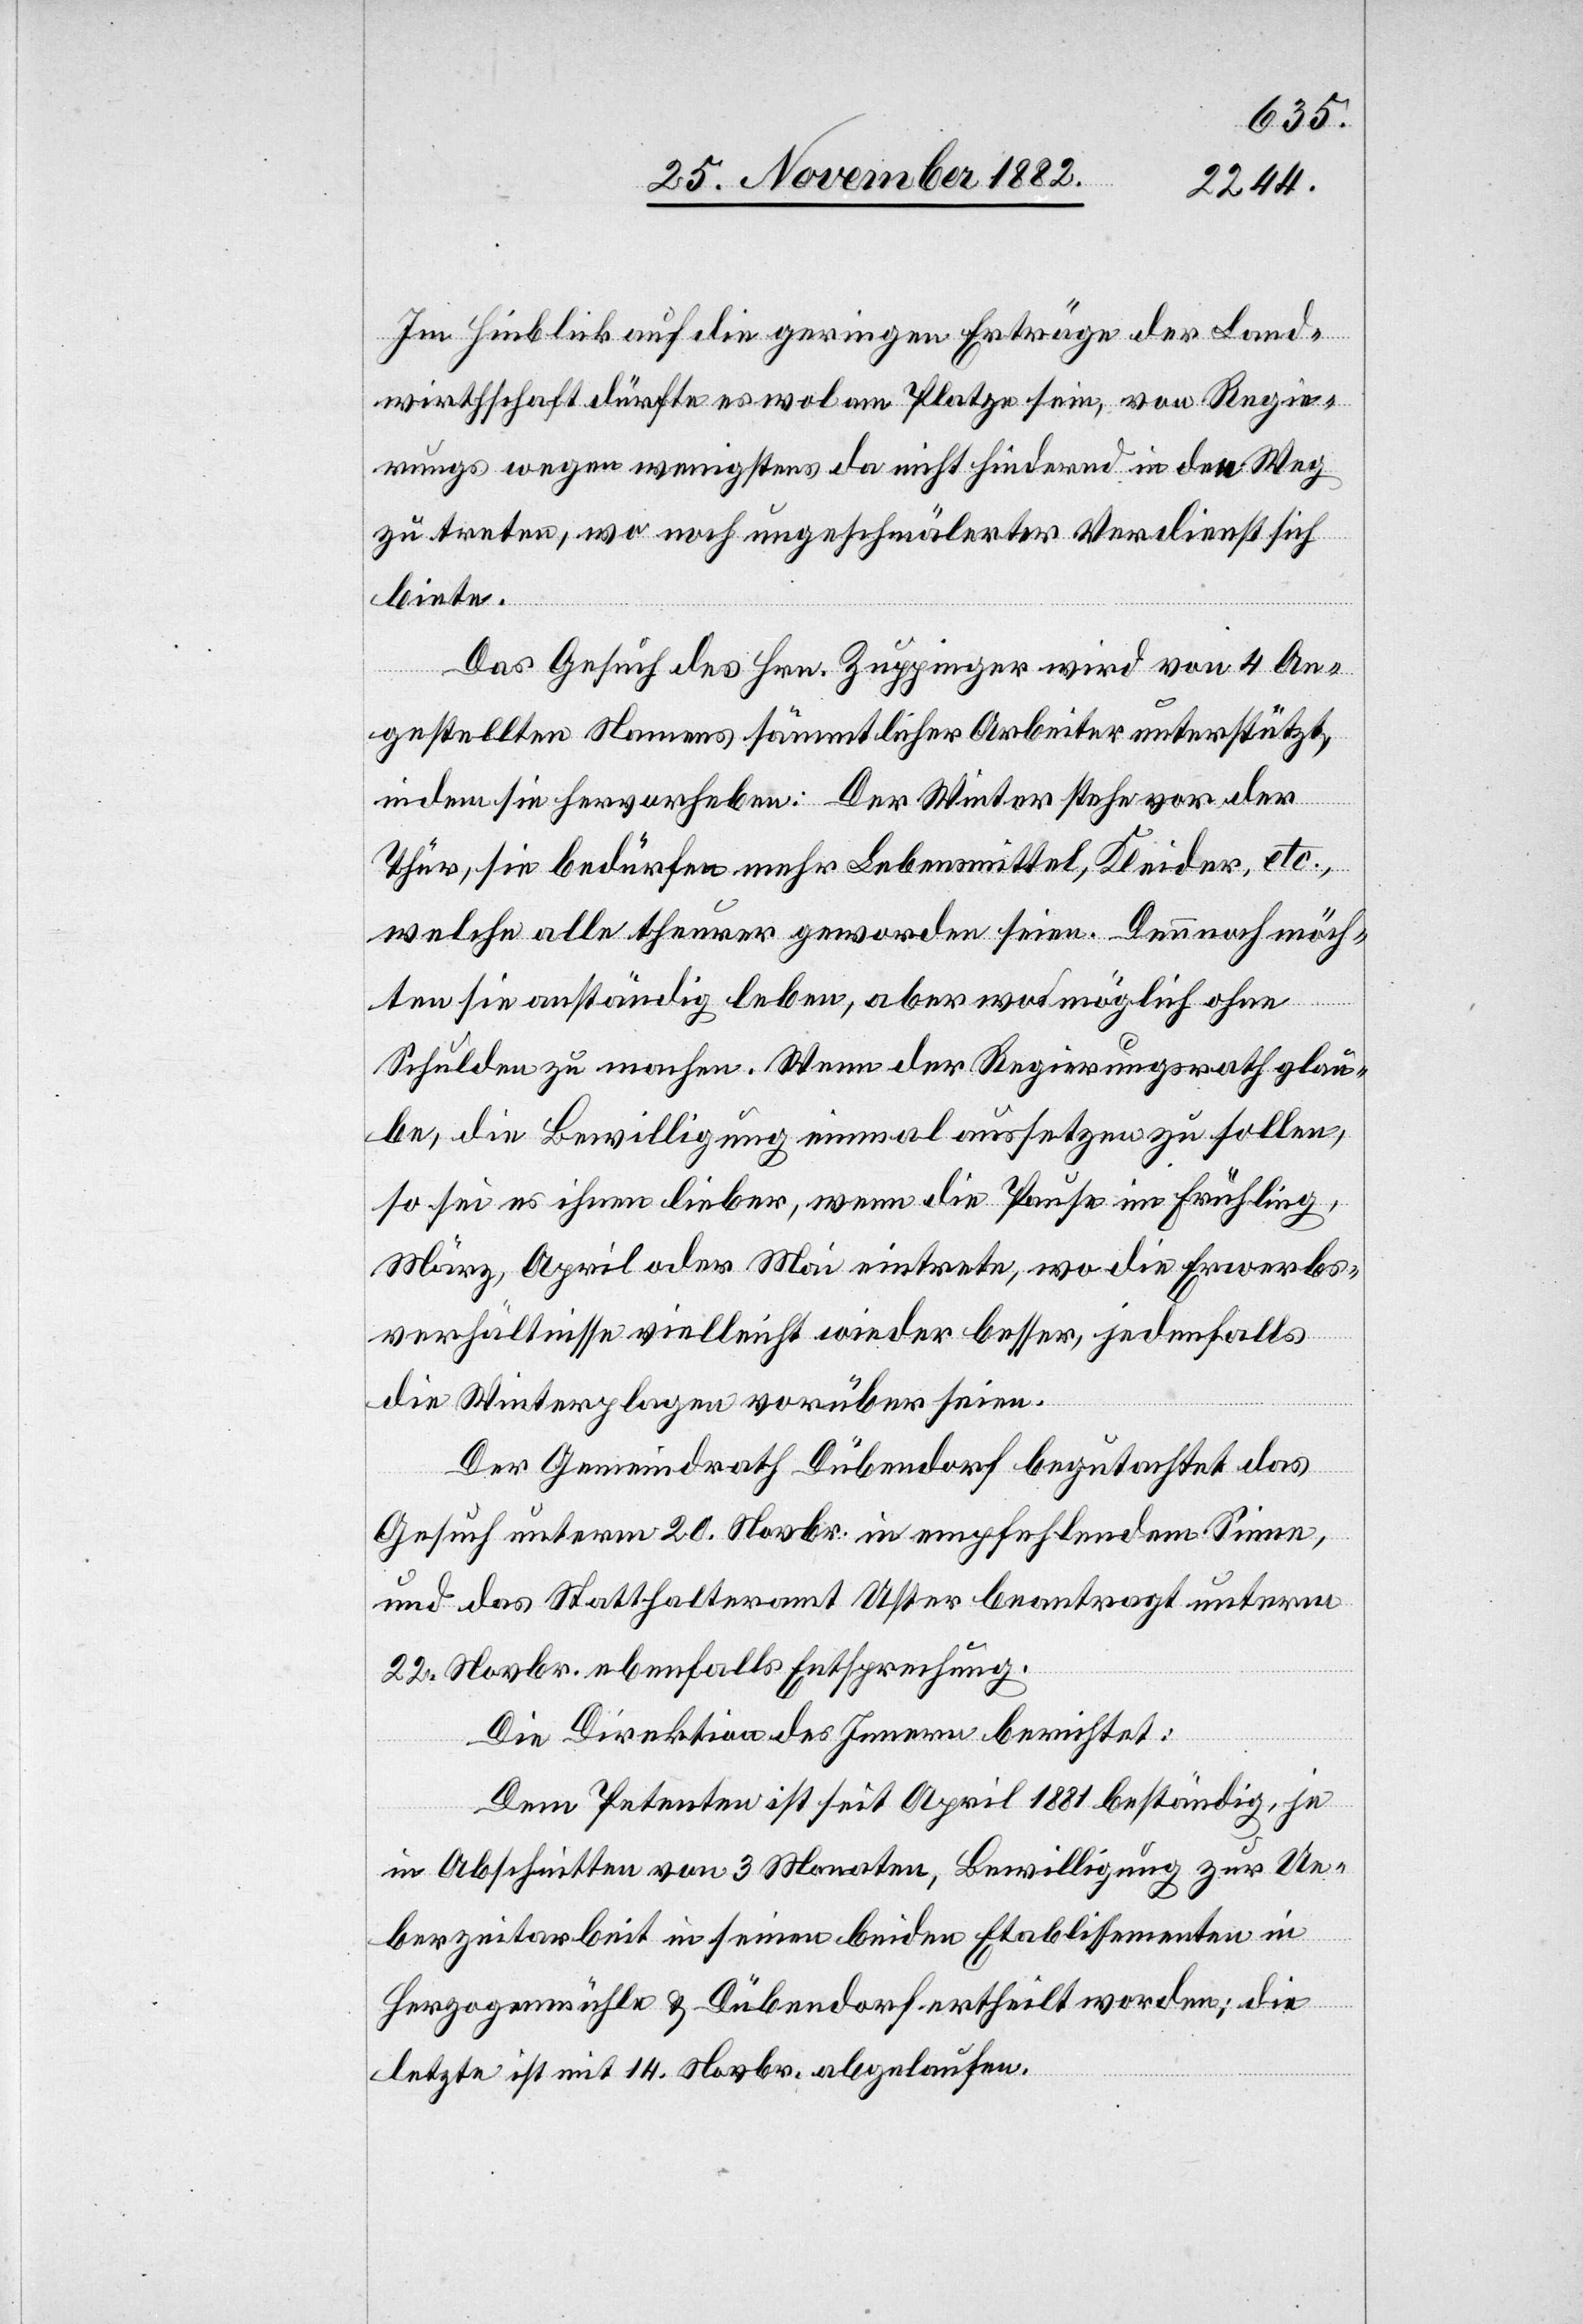
Im Hinblick auf die geringen Erträge der Land¬
wirthschaft dürfte es wol am Platze sein, von Regie¬
rungs wegen wenigstens da nicht hindernd in den Weg
zu treten, wo noch ungeschmälerter Verdienst sich
biete.
Das Gesuch des Hrn. Zuppinger wird von 4 An¬
gestellten Namens sämmtlicher Arbeiter unterstützt,
indem sie hervorheben: Der Winter stehe vor der
Thür, sie bedürfen mehr Lebensmittel, Kleider, etc.,
welche alle theurer geworden seien. Dennoch möch¬
ten sie anständig leben, aber wo möglich ohne
Schulden zu machen. Wenn der Regierungsrath glau¬
be, die Bewilligung einmal aussetzen zu sollen,
so sei es ihnen lieber, wenn die Pause im Frühling,
März, April oder Mai eintrete, wo die Erwerbs¬
verhältnisse vielleicht wieder besser, jedenfalls
die Winterplagen vorüber seien.
Der Gemeindrath Dübendorf begutachtet das
Gesuch unterm 20. Novbr. in empfehlendem Sinne,
und das Statthalteramt Uster beantragt unterm
22. Novbr. ebenfalls Entsprechung.
Die Direktion des Innern berichtet:
Dem Petenten ist seit April 1881 beständig, je
in Abschnitten von 3 Monaten, Bewilligung zur Ue¬
berzeitarbeit in seinen beiden Etablissementen in
Herzogenmühle & Dübendorf ertheilt worden; die
letzte ist mit 14. Novbr. abgelaufen.